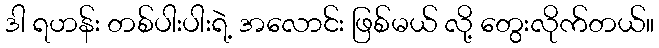
ဒါ ရဟန်း တစ်ပါးပါးရဲ့ အလောင်း ဖြစ်မယ် လို့ တွေးလိုက်တယ်။